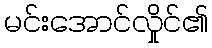
မင်းအောင်လှိုင်၏